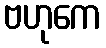
ဗဟုကေ